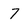
Character: 7